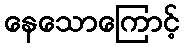
နေသောကြောင့်